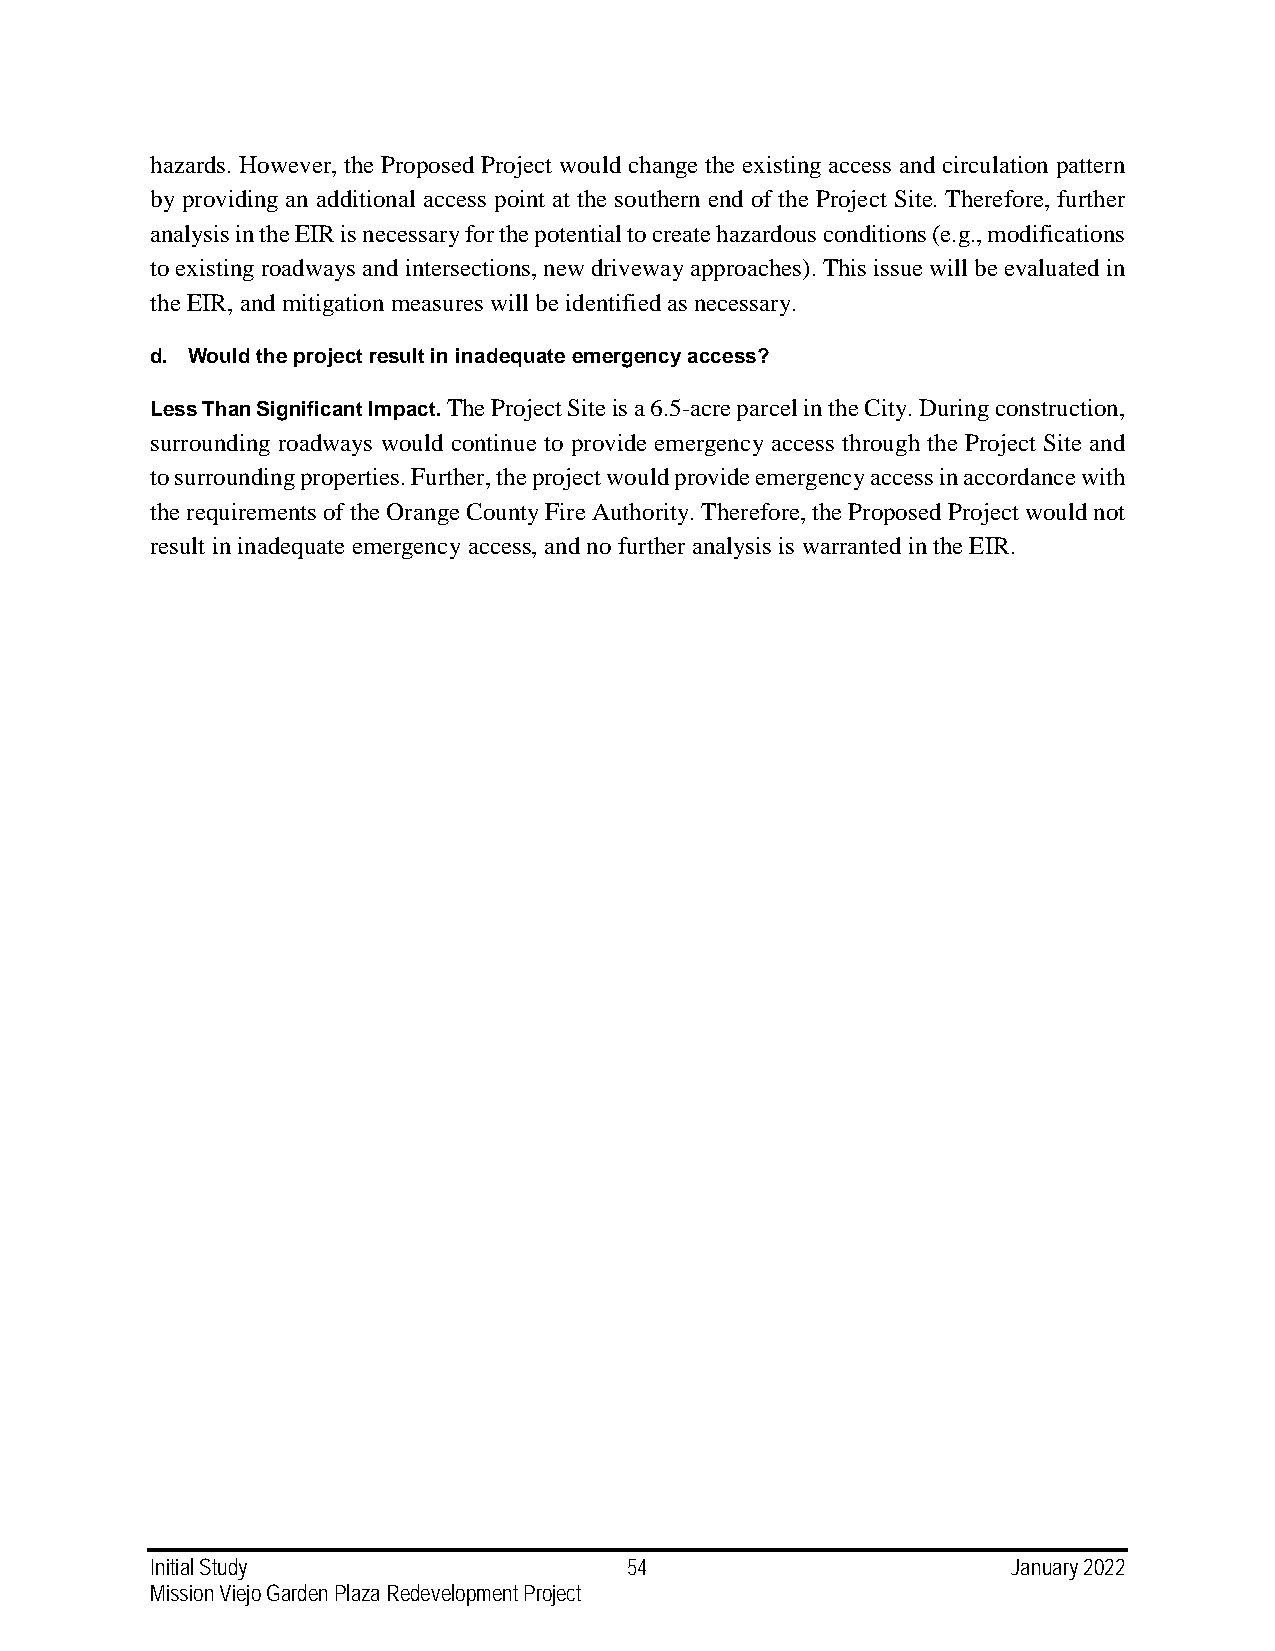
hazards. However, the Proposed Project would change the existing access and circulation pattern
 by providing an additional access point at the southern end of the Project Site. Therefore, further
 analysis in the EIR is necessary for the potential to create hazardous conditions (e.g., modifications
 to existing roadways and intersections, new driveway approaches). This issue will be evaluated in
 the EIR, and mitigation measures will be identified as necessary.
 d. Would the project result in inadequate emergency access?
 Less Than Significant Impact. The Project Site is a 6.5-acre parcel in the City. During construction,
 surrounding roadways would continue to provide emergency access through the Project Site and
 to surrounding properties. Further, the project would provide emergency access in accordance with
 the requirements of the Orange County Fire Authority. Therefore, the Proposed Project would not
 result in inadequate emergency access, and no further analysis is warranted in the EIR.
 Initial Study                   54                       January 2022
 Mission Viejo Garden Plaza Redevelopment Project